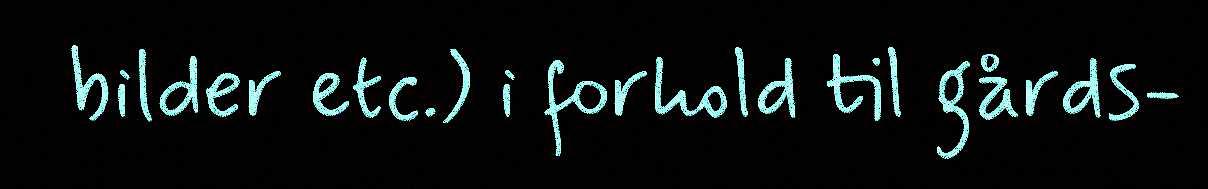
bilder etc.) i forhold til gårds-